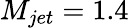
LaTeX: M_{jet}=1.4